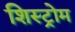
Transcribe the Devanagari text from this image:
शिस्ट्रोम